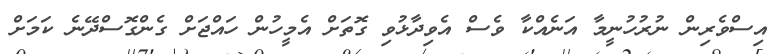
އިސްވެރިން ނުރުހުނީމާ އަނެއްކާ ވެސް އެވިދާޅުވި ގޮތަށް އެމީހުން ހައްޖަށް ގެންގޮސްދޭނެ ކަމަށް